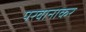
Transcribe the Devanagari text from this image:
परवानाकर